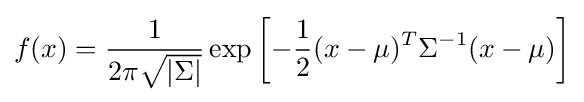
f(x)={\frac {1}{2\pi {\sqrt {|\Sigma |}}}}\exp \left[-{\frac {1}{2}}(x-\mu )^{T}\Sigma ^{-1}(x-\mu )\right]